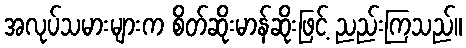
အလုပ်သမားများက စိတ်ဆိုးမာန်ဆိုးဖြင့် ညည်းကြသည်။